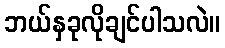
ဘယ်နှခုလိုချင်ပါသလဲ။